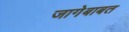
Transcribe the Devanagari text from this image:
जागेबाबत